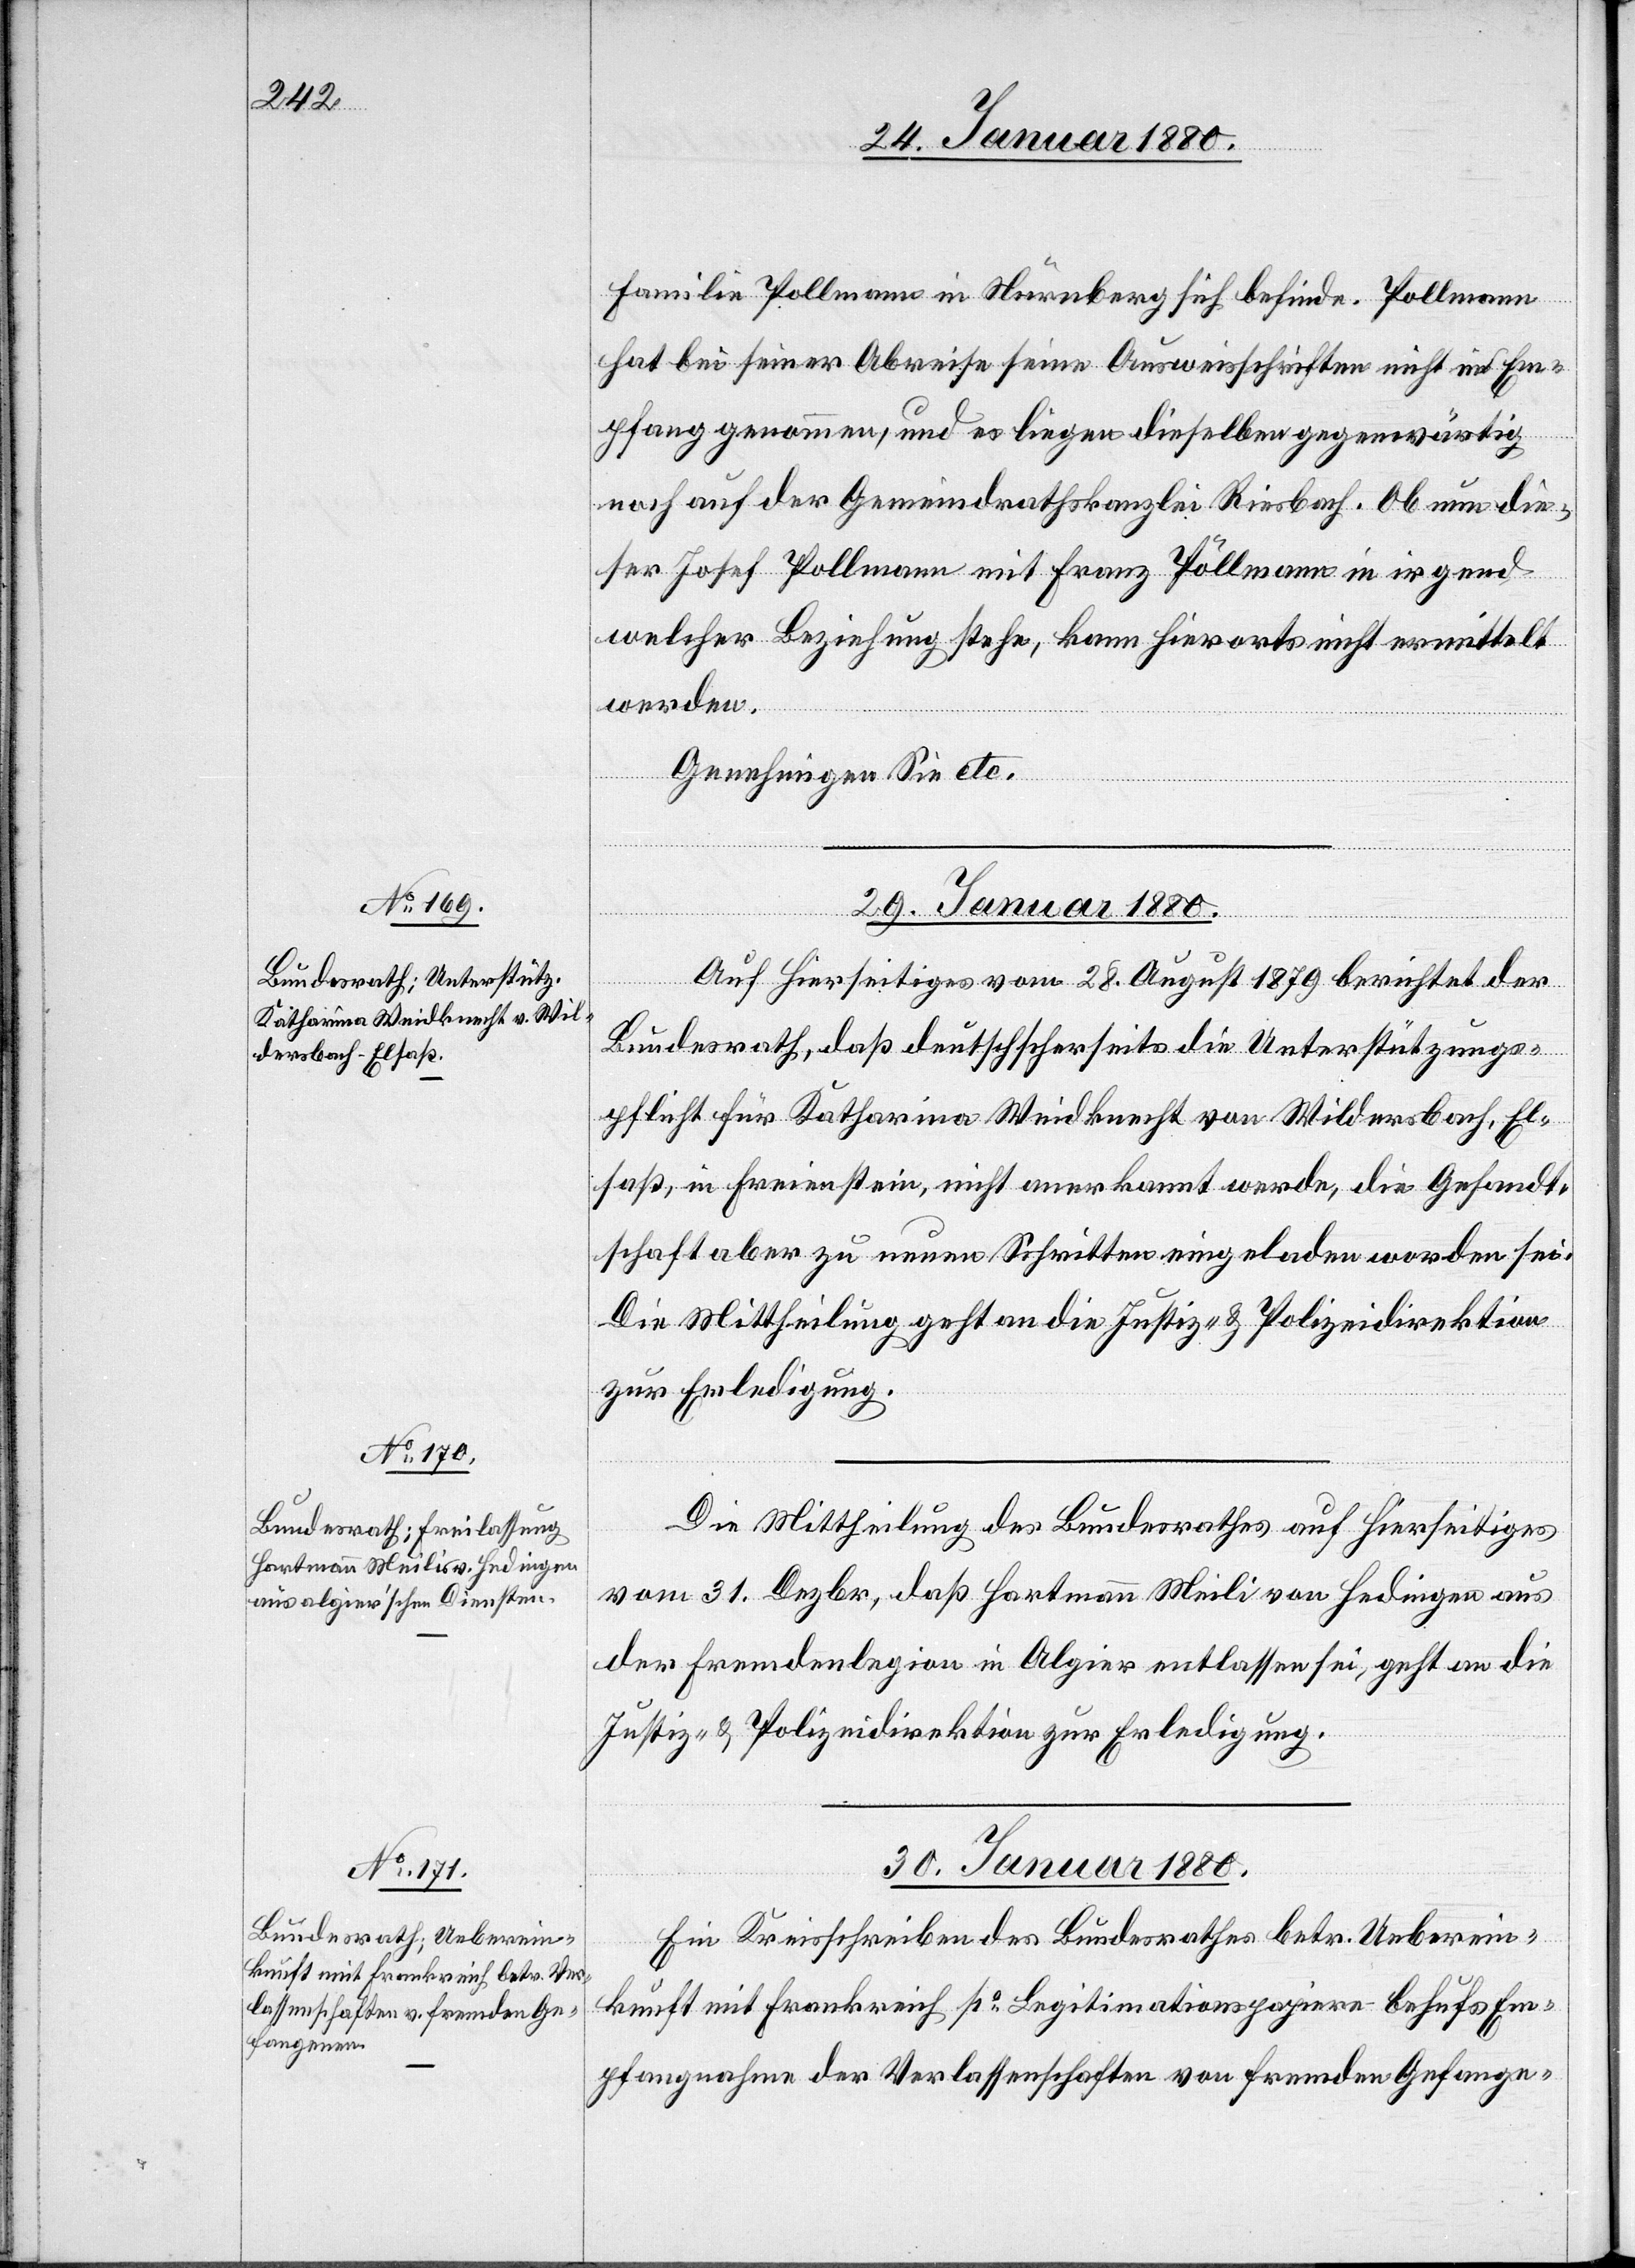
Familie Pollmann in Nürnberg sich befinde. Pollmann
hat bei seiner Abreise seine Ausweisschriften nicht in Em¬
pfang genommen, und es liegen dieselben gegenwärtig
noch auf der Gemeindrathskanzlei Riesbach. Ob nun die¬
ser Josef Pollmann mit Franz Pöllmann in irgend
welcher Beziehung stehe, kann hierorts nicht ermittelt
werden.
Genehmigen Sie etc.
29. Januar 1880.]
Auf hierseitiges vom 28. August 1879 berichtet der
Bundesrath; daß deutscherseits die Unterstützungs¬
pflicht für Katharina Weidknecht von Wildersbach, El¬
saß, in Freienstein, nicht anerkannt werde, die Gesandt¬
schaft aber zu neuen Schritten eingeladen worden sei.
Die Mittheilung geht an die Justiz- & Polizeidirektion
zur Erledigung.
Die Mittheilung des Bundesrathes auf hierseitiges
vom 31. Dezbr., daß Hartmann Meili von Hedingen aus
der Fremdenlegion in Algier entlassen sei, geht an die
Justiz- & Polizeidirektion zur Erledigung.
30. Januar 1880.
Ein Kreisschreiben des Bundesrathes betr. Ueberein¬
kunft mit Frankreich po Legitimationspapiere behufs Em¬
pfangnahme der Verlassenschaften von fremden Gefange-